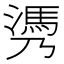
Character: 𰝄